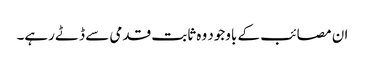
ان مصائب کے باوجود وہ ثابت قدمی سے ڈٹے رہے۔